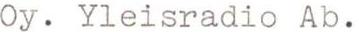
Oy. Yleisradio Ab.